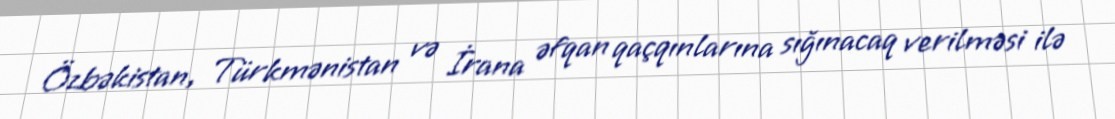
Özbəkistan, Türkmənistan və İrana əfqan qaçqınlarına sığınacaq verilməsi ilə